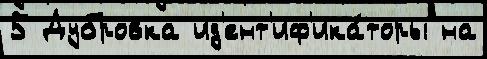
5 Дубровка ид'ент'иф'ика́торы на